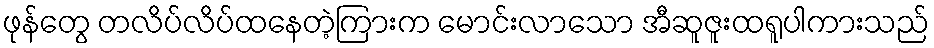
ဖုန်တွေ တလိပ်လိပ်ထနေတဲ့ကြားက မောင်းလာသော အီဆူဇူးထရူပါကားသည်